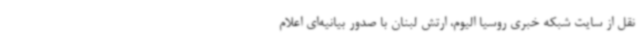
نقل از سایت شبکه خبری روسیا الیوم، ارتش لبنان با صدور بیانیه‌ای اعلام